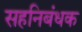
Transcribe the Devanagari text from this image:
सहनिबंधक